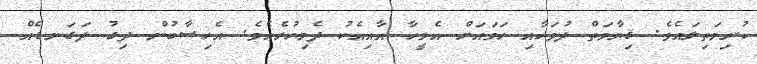
ކުރިމަތިލައެވެ. ޤިޔާމަތް ދުވަހާއި ހަމައަށް އެމީހާ އާއިއެކު ދެމިހުރެއެވެ. އެހިސާބުން ދިގު ދަގަނޑެއް